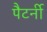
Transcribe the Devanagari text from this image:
पैटर्नी